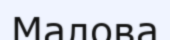
Малова